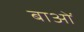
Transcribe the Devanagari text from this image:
बाओं